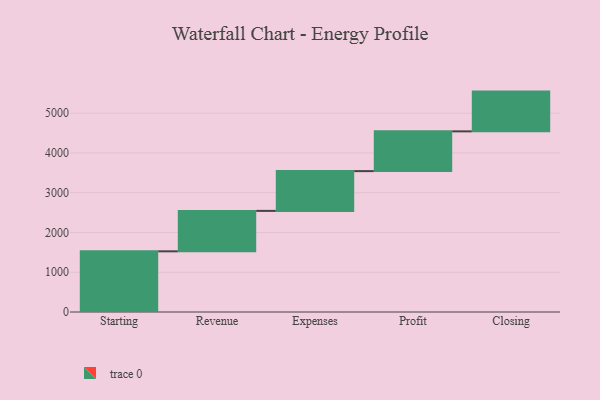
{"axis": {"x": "Step", "y": "Value"}, "legend": [""], "data": [{"x": "Starting", "y": 1526.0, "type": ""}, {"x": "Revenue", "y": 1017.0, "type": ""}, {"x": "Expenses", "y": 1000, "type": ""}, {"x": "Profit", "y": 1000, "type": ""}, {"x": "Closing", "y": 1000, "type": ""}]}